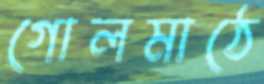
গোলমাঠে